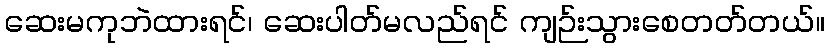
ဆေးမကုဘဲထားရင်၊ ဆေးပါတ်မလည်ရင် ကျဉ်းသွားစေတတ်တယ်။